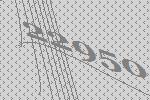
22950